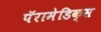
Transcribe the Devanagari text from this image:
पॅरामेडिक्स